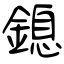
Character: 鎴